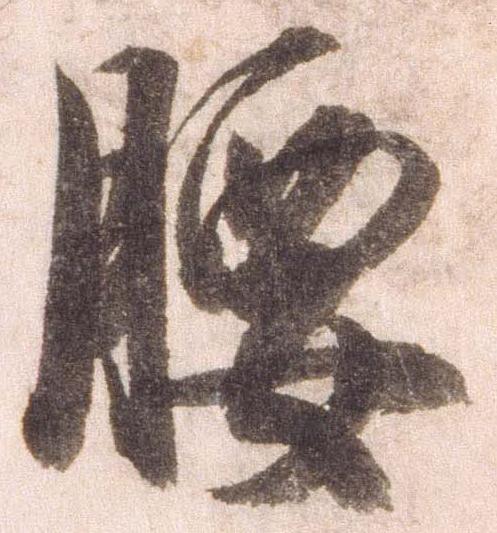
腰